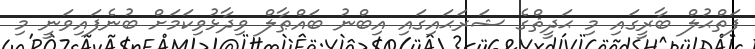
ފަތްޙުލް ބާރީގައި މި ޙަދީޘްގެ ޝަރަޙައިގައި އިބްނު ބައްޠާލް ވިދާޅުވިކަމަށް ބުނެފައިވަނީ މި